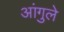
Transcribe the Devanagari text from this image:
आंगुले